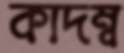
কাদম্ব